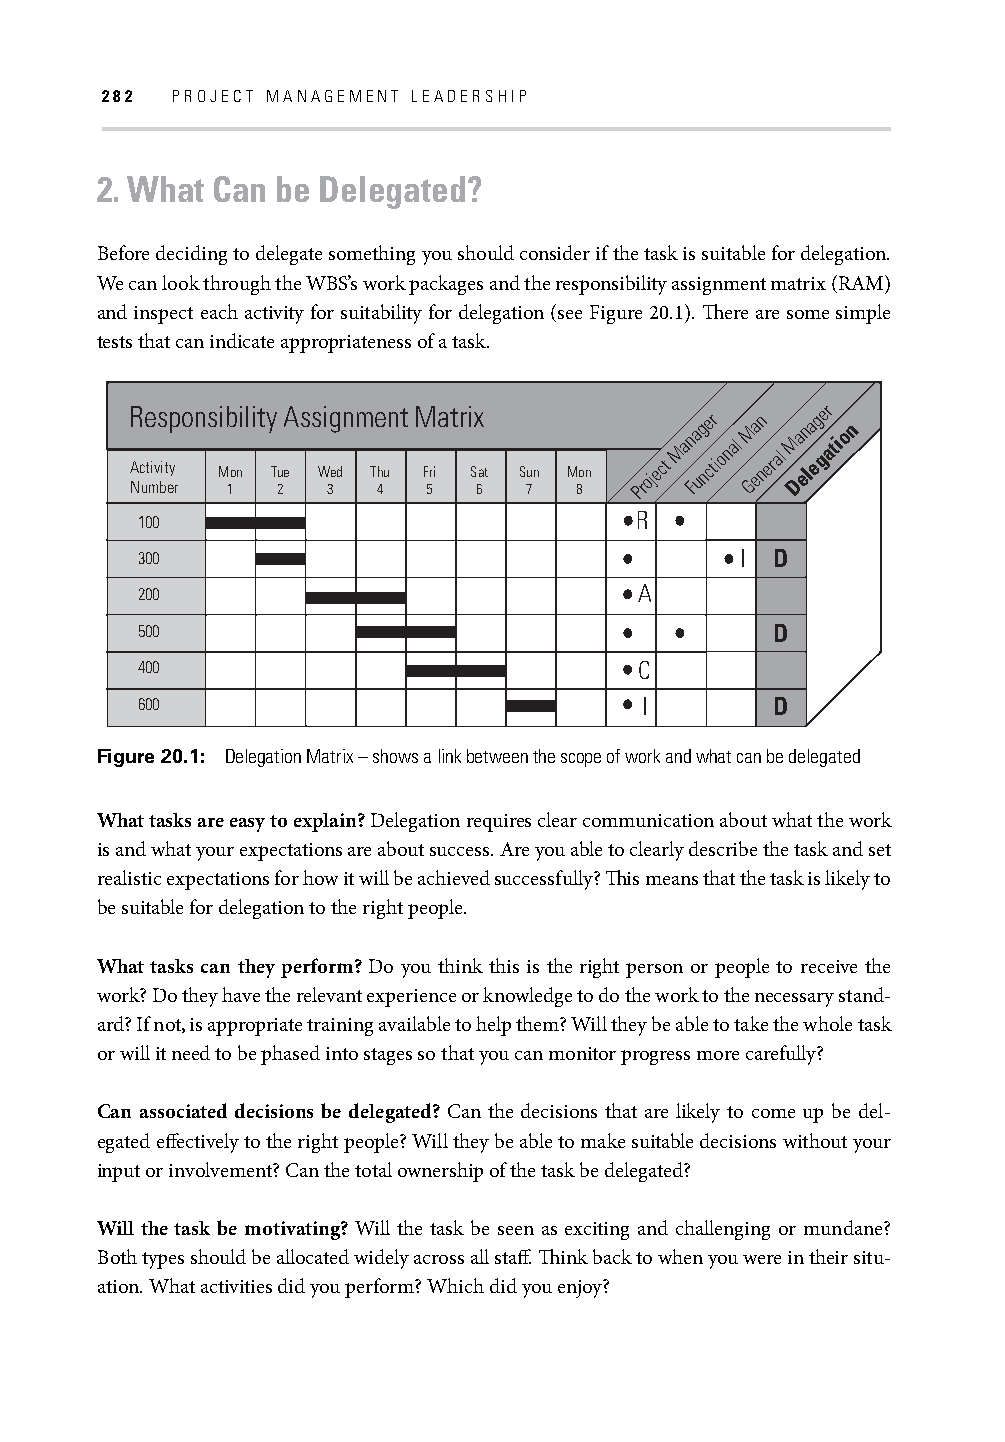
282 PROJECT MANAGEMENT LEADERSHIP
 2. What Can be Delegated?
 Before deciding to delegate something you should consider if the task is suitable for delegation.
 We can look through the WBS’s work packages and the responsibility assignment matrix (RAM)
 and inspect each activity for suitability for delegation (see Figure 20.1). Th ere are some simple
 tests that can indicate appropriateness of a task.
 R
 A Nc
 ue
 t
 mivs
 bit
 ep
 y
 ronsi Mb 1onility
 Tu
 2eAss Wi 3g ednm Te
 h
 4unt M
 F
 5riatri Sx
 6at S 7un M 8on Project
 Man Fa ug nce tr ional GM ea nn
 eral
 M Da en la eg
 ger
 ation
 100                              R
 300                                     I D
 200                              A
 500                                       D
 400                              C
 600                              I        D
 Figure 20.1: Delegation Matrix – shows a link between the scope of work and what can be delegated
 What tasks are easy to explain? Delegation requires clear communication about what the work
 is and what your expectations are about success. Are you able to clearly describe the task and set
 realistic expectations for how it will be achieved successfully? Th is means that the task is likely to
 be suitable for delegation to the right people.
 What tasks can they perform? Do you think this is the right person or people to receive the
 work? Do they have the relevant experience or knowledge to do the work to the necessary stand-
 ard? If not, is appropriate training available to help them? Will they be able to take the whole task
 or will it need to be phased into stages so that you can monitor progress more carefully?
 Can associated decisions be delegated? Can the decisions that are likely to come up be del-
 egated eff ectively to the right people? Will they be able to make suitable decisions without your
 input or involvement? Can the total ownership of the task be delegated?
 Will the task be motivating? Will the task be seen as exciting and challenging or mundane?
 Both types should be allocated widely across all staff . Th ink back to when you were in their situ-
 ation. What activities did you perform? Which did you enjoy?